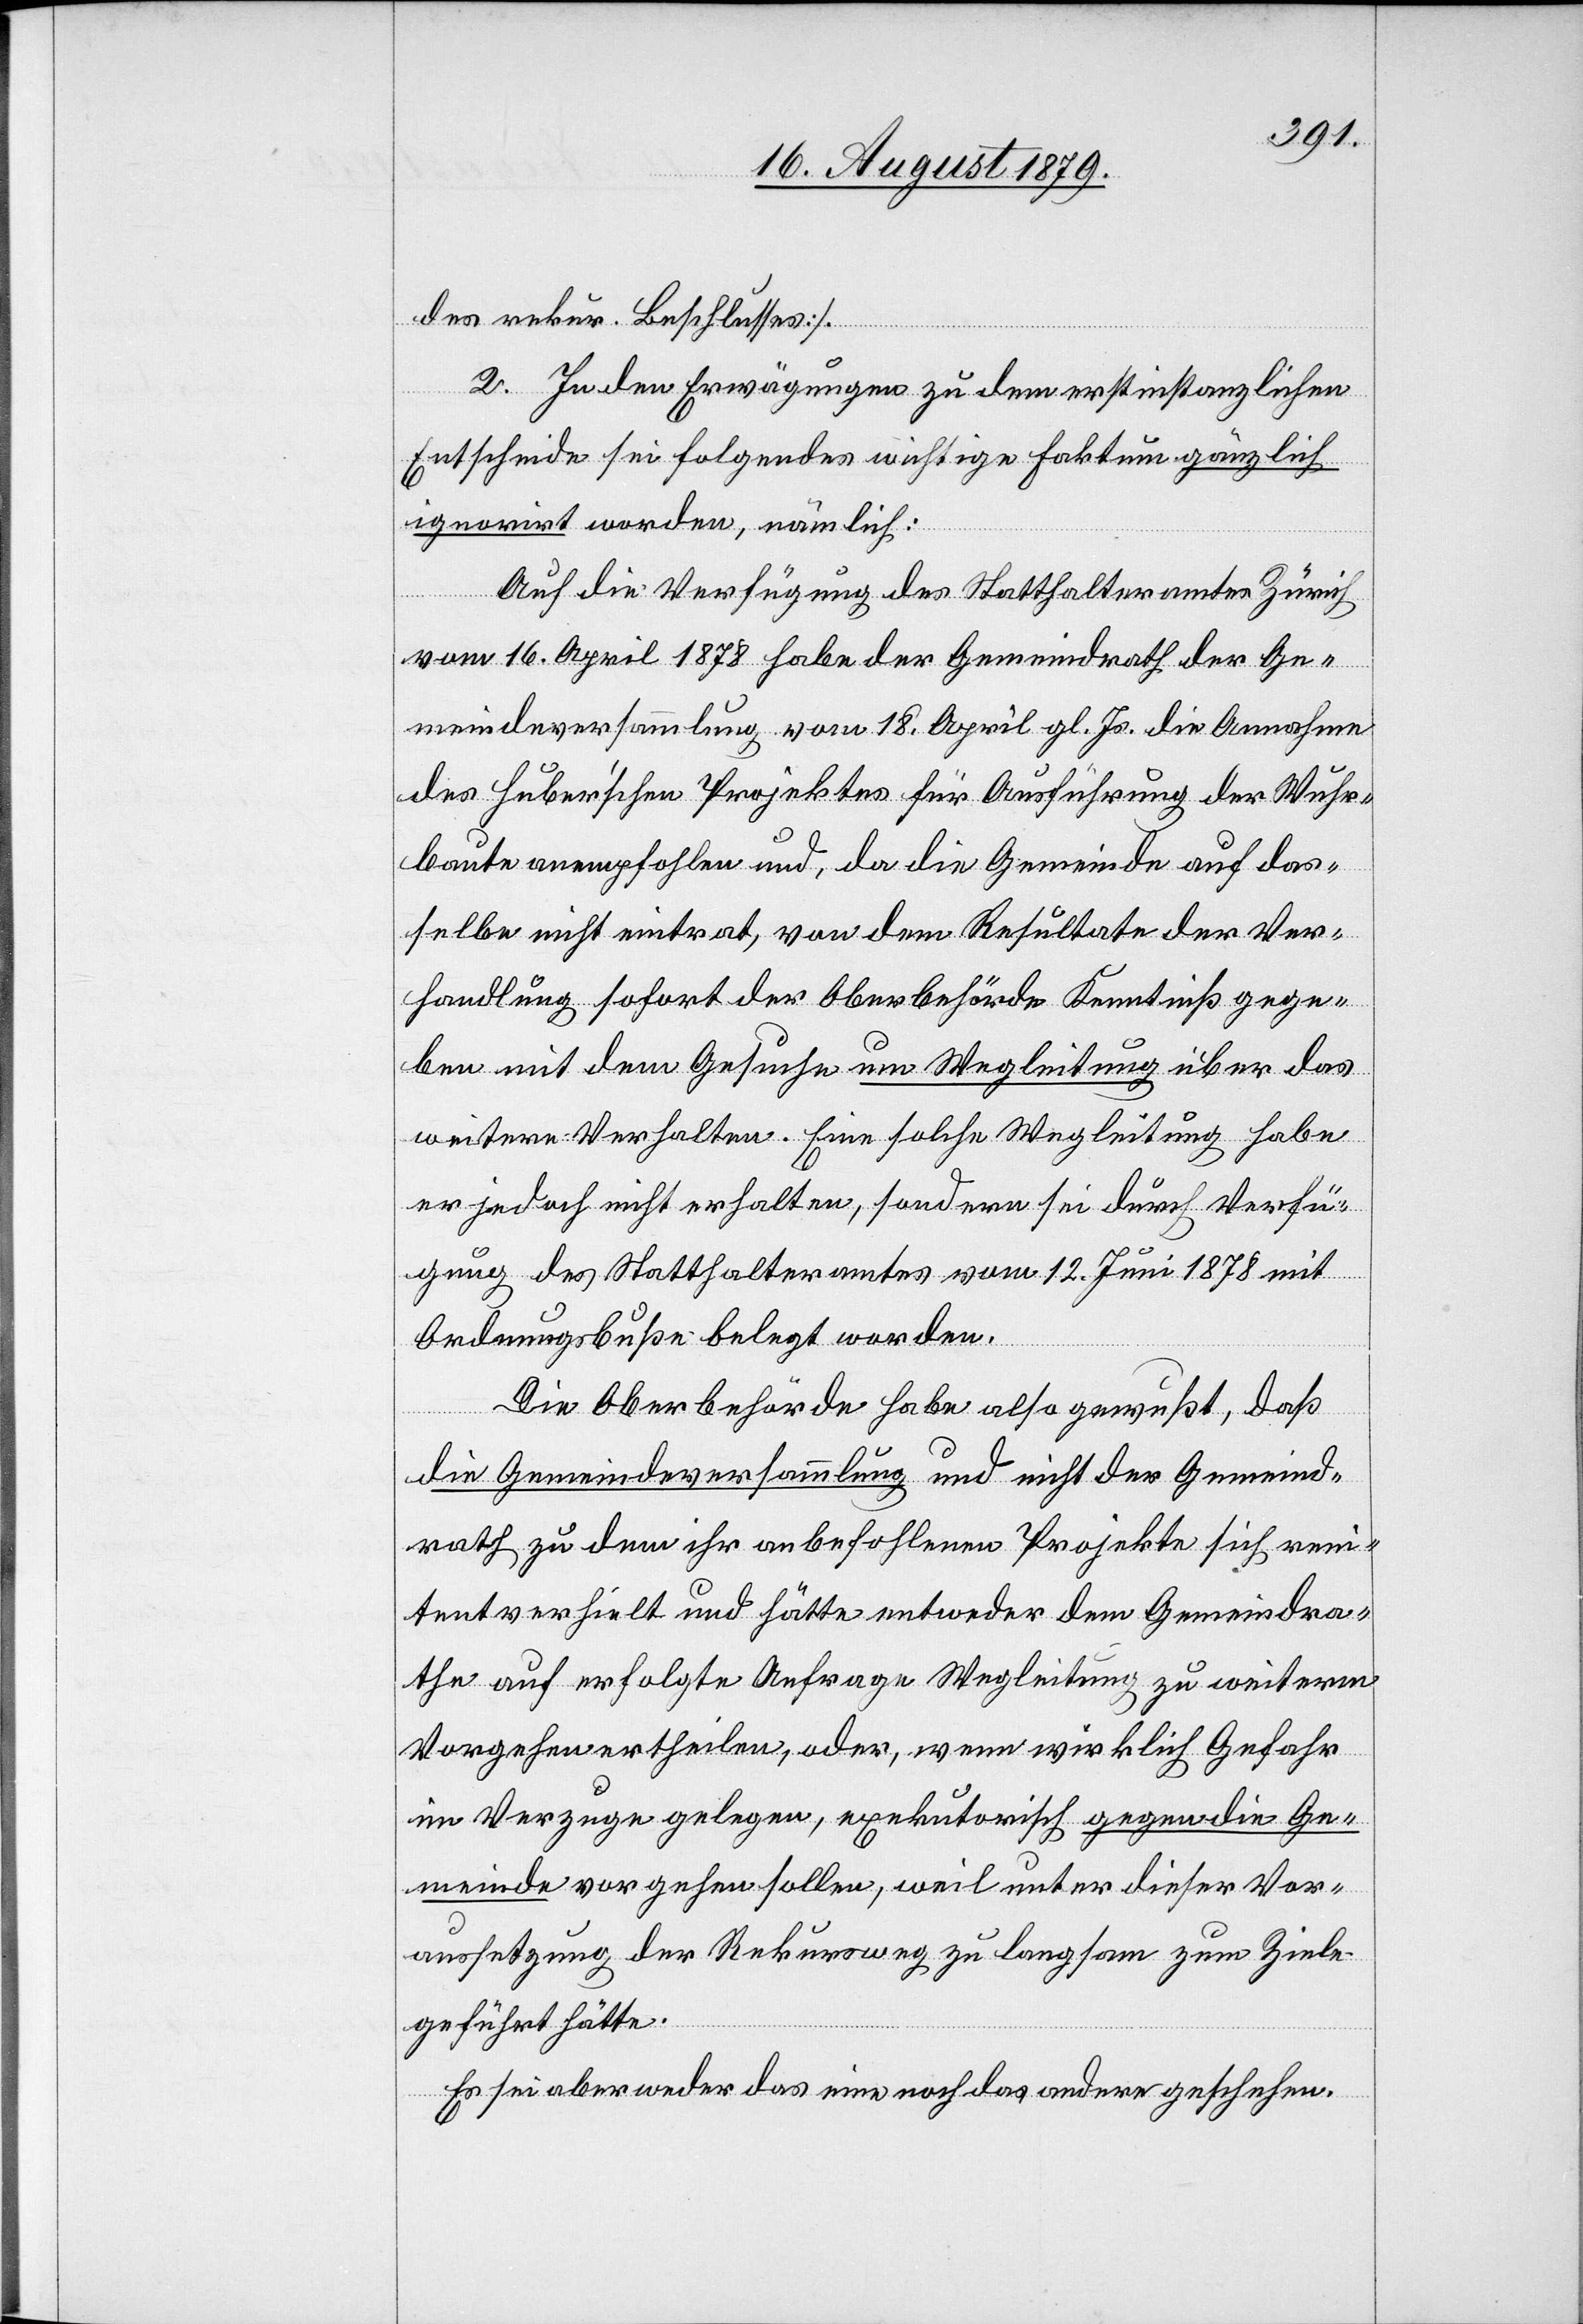
des rekur. Beschlusses].
2. In den Erwägungen zu dem erstinstanzlichen
Entscheide sei folgendes wichtige Faktum gänzlich
ignorirt worden, nämlich:
Auf die Verfügung des Statthalteramtes Zürich
vom 16. April 1878 habe der Gemeindrath der Ge¬
meindeversammlung vom 18. April gl. Js. die Annahme
des Huber’schen Projektes für Ausführung der Wuhr¬
baute anempfohlen und, da die Gemeinde auf das¬
selbe nicht eintrat, von dem Resultate der Ver¬
handlung sofort der Oberbehörde Kenntniß gege¬
ben mit dem Gesuche um Wegleitung über das
weitere Verhalten. Eine solche Wegleitung habe
er jedoch nicht erhalten, sondern sei durch Verfü¬
gung des Statthalteramtes vom 12. Juni 1878 mit
Ordnungsbuße belegt worden.
Die Oberbehörde habe also gewußt, daß
die Gemeindeversammlung und nicht der Gemeind¬
rath zu dem ihr anbefohlenen Projekte sich ren¬
itent verhielt und hätte entweder dem Gemeindra¬
the auf erfolgte Anfrage Wegleitung zu weiterm
Vorgehen ertheilen, oder, wenn wirklich Gefahr
im Verzuge gelegen, exekutorisch gegen die Ge¬
meinde vorgehen sollen, weil unter dieser Vor¬
aussetzung der Rekursweg zu langsam zum Ziele
geführt hätte.
Es sei aber weder das eine noch das andere geschehen.